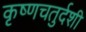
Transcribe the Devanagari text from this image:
कृष्णचतुर्दशी